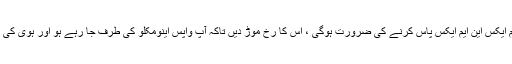
ممکنہ طور پر آپ کو ایم ایم ایکس این ایم ایکس پاس کرنے کی ضرورت ہوگی ، اس کا رخ موڑ دیں تاکہ آپ واپس اینومکلو کی طرف جا رہے ہو اور ہوی کی بہار کی طرف پارک کریں۔